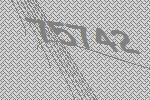
75742